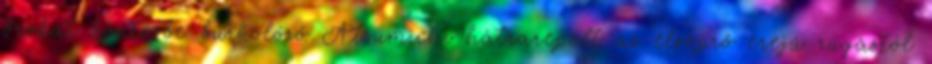
brokát köntösbe burkolózó Atsumichi hátrarepült az elsöprő erejű rúgástól